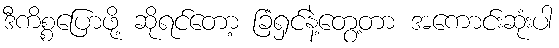
ဒီကိစ္စပြောဖို့ ဆိုရင်တော့ ခြံရှင်နဲ့တွေ့တာ အကောင်းဆုံးပါ